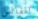
الفالس